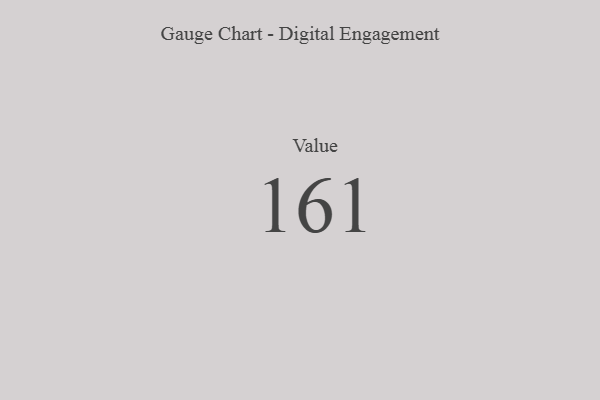
{"axis": {"x": "Metric", "y": "Value"}, "legend": [""], "data": [{"x": "Value", "y": 161, "type": ""}]}